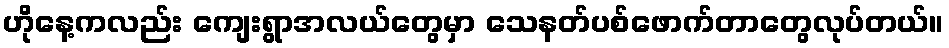
ဟိုနေ့ကလည်း ကျေးရွာအလယ်တွေမှာ သေနတ်ပစ်ဖောက်တာတွေလုပ်တယ်။